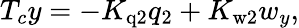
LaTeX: T_{c}y=-K_{\mathrm{q2}}q_{2}+K_{\mathrm{w2}}{w_{y}},